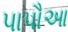
પાપૌઆ